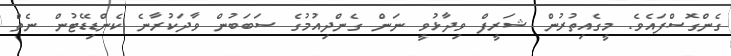
ގެންގޮސްފައެވެ. މީގެއިތުރުން ޝަރީފް ވިދާޅުވީ ނަން ގެންދިއުމުގެ ސަބަބުން ވާދަކުރާނެ ކެންޑިޑޭޓުން ނެތް